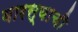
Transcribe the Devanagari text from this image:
वारस्याची